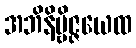
အဘိနိဗ္ဗိဇ္ဇယေထ